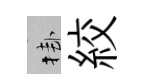
挂絞